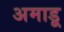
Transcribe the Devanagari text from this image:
अमाडू